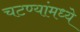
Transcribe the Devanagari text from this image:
चटण्यांमध्ये